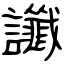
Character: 讖